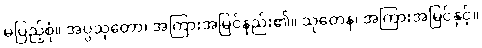
မပြည့်စုံ။ အပ္ပသုတော၊ အကြားအမြင်နည်း၏။ သုတေန၊ အကြားအမြင်နှင့်။